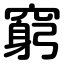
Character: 窮